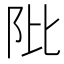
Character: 阰